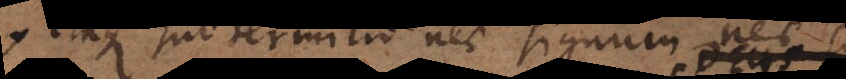
Itaque sub termino nec signum